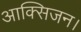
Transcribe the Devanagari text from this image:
आक्सिजन।